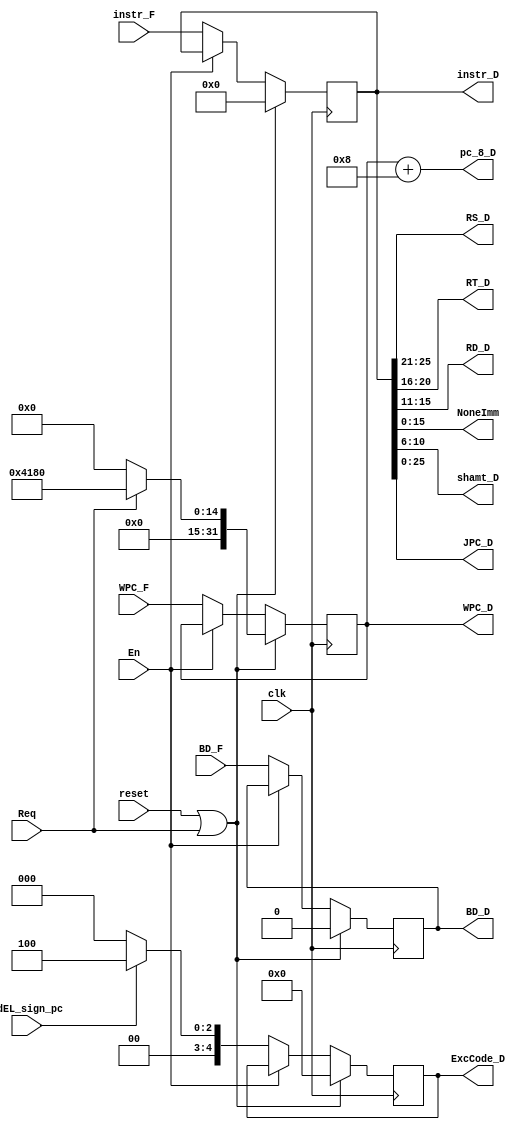
module D_state (
    input clk,
    input reset,
    input [31:0]instr_F,
    output [31:0] pc_8_D,
    output [31:0] instr_D,
    output[4:0]RS_D,
    output[4:0]RT_D,
    output[4:0]RD_D,
    input En,//en1
    input [31:0]WPC_F,
    output [31:0]WPC_D,
    output [15:0] NoneImm,
    output [4:0]shamt_D,
    output [25:0]JPC_D,
    input Req,
    input BD_F,
    output BD_D,
    input AdEL_sign_pc,
    output [4:0] ExcCode_D
);
reg[31:0]instr;
reg[31:0]WPC;
reg[31:0]pc_8;
reg BD;
reg [4:0]ExcCode;
assign WPC_D=WPC;
assign pc_8_D=WPC+8;
assign instr_D=instr;
assign RS_D=instr[25:21];
assign RT_D=instr[20:16];
assign RD_D=instr[15:11];
assign NoneImm=instr[15:0];
assign JPC_D=instr[25:0];
assign shamt_D=instr[10:6];
assign BD_D=BD;
assign ExcCode_D=ExcCode;
always @(posedge clk) begin
    if(reset==1||Req==1)
    begin
        instr<=0;
        WPC<=(Req==1)?32'h0000_4180:0;
          BD<=0;
          ExcCode<=0;
    end
    else if(En==0)
    begin
        instr<=instr_F;
        WPC<=WPC_F;
          BD<=BD_F;
          ExcCode<=(AdEL_sign_pc==1'b1)?5'd4:5'd0;
    end
    else
    begin
        instr<=instr;
        WPC<=WPC;
          BD<=BD;
          ExcCode<=ExcCode;
    end
end
initial
begin
    instr=0;
    WPC=0;
     BD=0;
     ExcCode=0;
end
endmodule //D_state